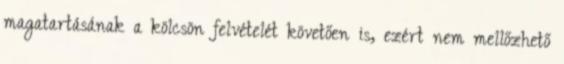
magatartásának a kölcsön felvételét követően is, ezért nem mellőzhető